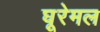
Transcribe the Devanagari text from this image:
घूरेमल